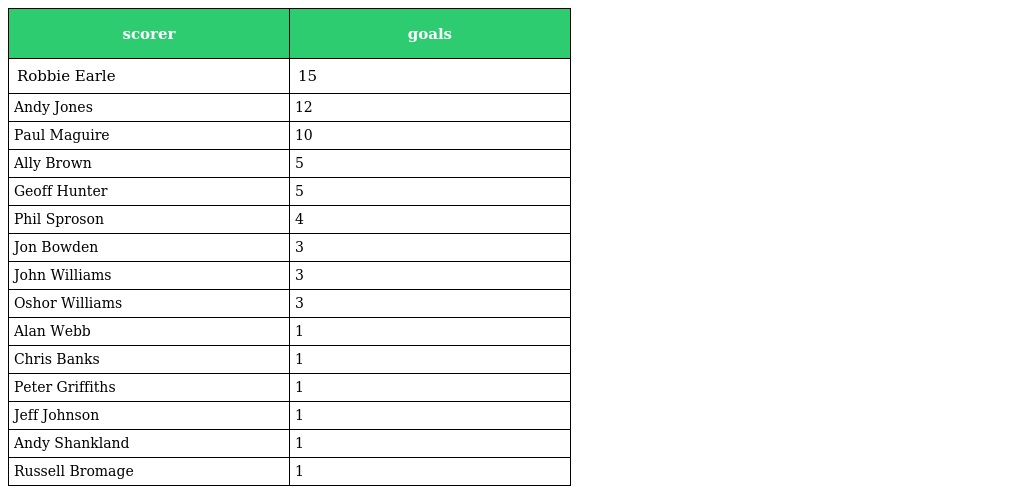
| scorer | goals |
 | --- | --- |
 | Robbie Earle | 15 |
 | Andy Jones | 12 |
 | Paul Maguire | 10 |
 | Ally Brown | 5 |
 | Geoff Hunter | 5 |
 | Phil Sproson | 4 |
 | Jon Bowden | 3 |
 | John Williams | 3 |
 | Oshor Williams | 3 |
 | Alan Webb | 1 |
 | Chris Banks | 1 |
 | Peter Griffiths | 1 |
 | Jeff Johnson | 1 |
 | Andy Shankland | 1 |
 | Russell Bromage | 1 |